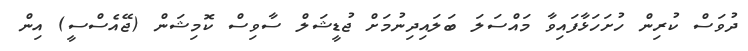
ދުވަސް ކުރިން ހުށަހަޅާފައިވާ މައްސަލަ ބަލައިދިނުމަށް ޖުޑީޝަލް ސާވިސް ކޮމިޝަން (ޖޭއެސްސީ) އިން